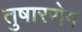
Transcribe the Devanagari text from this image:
तुषाररोग